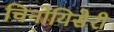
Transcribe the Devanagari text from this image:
चिनोयिसेरी